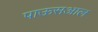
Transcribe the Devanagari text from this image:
पाऊसआल